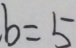
. b = 5